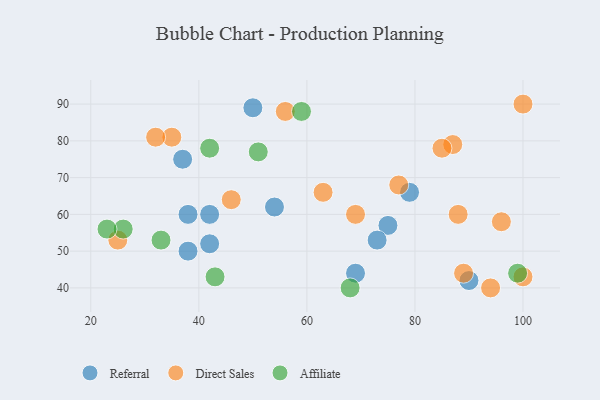
{"axis": {"x": "GDP", "y": "Life Expectancy"}, "legend": ["Affiliate", "Direct Sales", "Referral"], "data": [{"x": "54", "y": 62, "type": "Referral"}, {"x": "79", "y": 66, "type": "Referral"}, {"x": "69", "y": 44, "type": "Referral"}, {"x": "42", "y": 60, "type": "Referral"}, {"x": "42", "y": 52, "type": "Referral"}, {"x": "75", "y": 57, "type": "Referral"}, {"x": "90", "y": 42, "type": "Referral"}, {"x": "73", "y": 53, "type": "Referral"}, {"x": "50", "y": 89, "type": "Referral"}, {"x": "38", "y": 50, "type": "Referral"}, {"x": "38", "y": 60, "type": "Referral"}, {"x": "37", "y": 75, "type": "Referral"}, {"x": "96", "y": 58, "type": "Direct Sales"}, {"x": "56", "y": 88, "type": "Direct Sales"}, {"x": "25", "y": 53, "type": "Direct Sales"}, {"x": "46", "y": 64, "type": "Direct Sales"}, {"x": "77", "y": 68, "type": "Direct Sales"}, {"x": "89", "y": 44, "type": "Direct Sales"}, {"x": "35", "y": 81, "type": "Direct Sales"}, {"x": "100", "y": 90, "type": "Direct Sales"}, {"x": "100", "y": 43, "type": "Direct Sales"}, {"x": "87", "y": 79, "type": "Direct Sales"}, {"x": "94", "y": 40, "type": "Direct Sales"}, {"x": "69", "y": 60, "type": "Direct Sales"}, {"x": "88", "y": 60, "type": "Direct Sales"}, {"x": "32", "y": 81, "type": "Direct Sales"}, {"x": "85", "y": 78, "type": "Direct Sales"}, {"x": "63", "y": 66, "type": "Direct Sales"}, {"x": "26", "y": 56, "type": "Affiliate"}, {"x": "42", "y": 78, "type": "Affiliate"}, {"x": "43", "y": 43, "type": "Affiliate"}, {"x": "33", "y": 53, "type": "Affiliate"}, {"x": "23", "y": 56, "type": "Affiliate"}, {"x": "51", "y": 77, "type": "Affiliate"}, {"x": "68", "y": 40, "type": "Affiliate"}, {"x": "99", "y": 44, "type": "Affiliate"}, {"x": "59", "y": 88, "type": "Affiliate"}]}